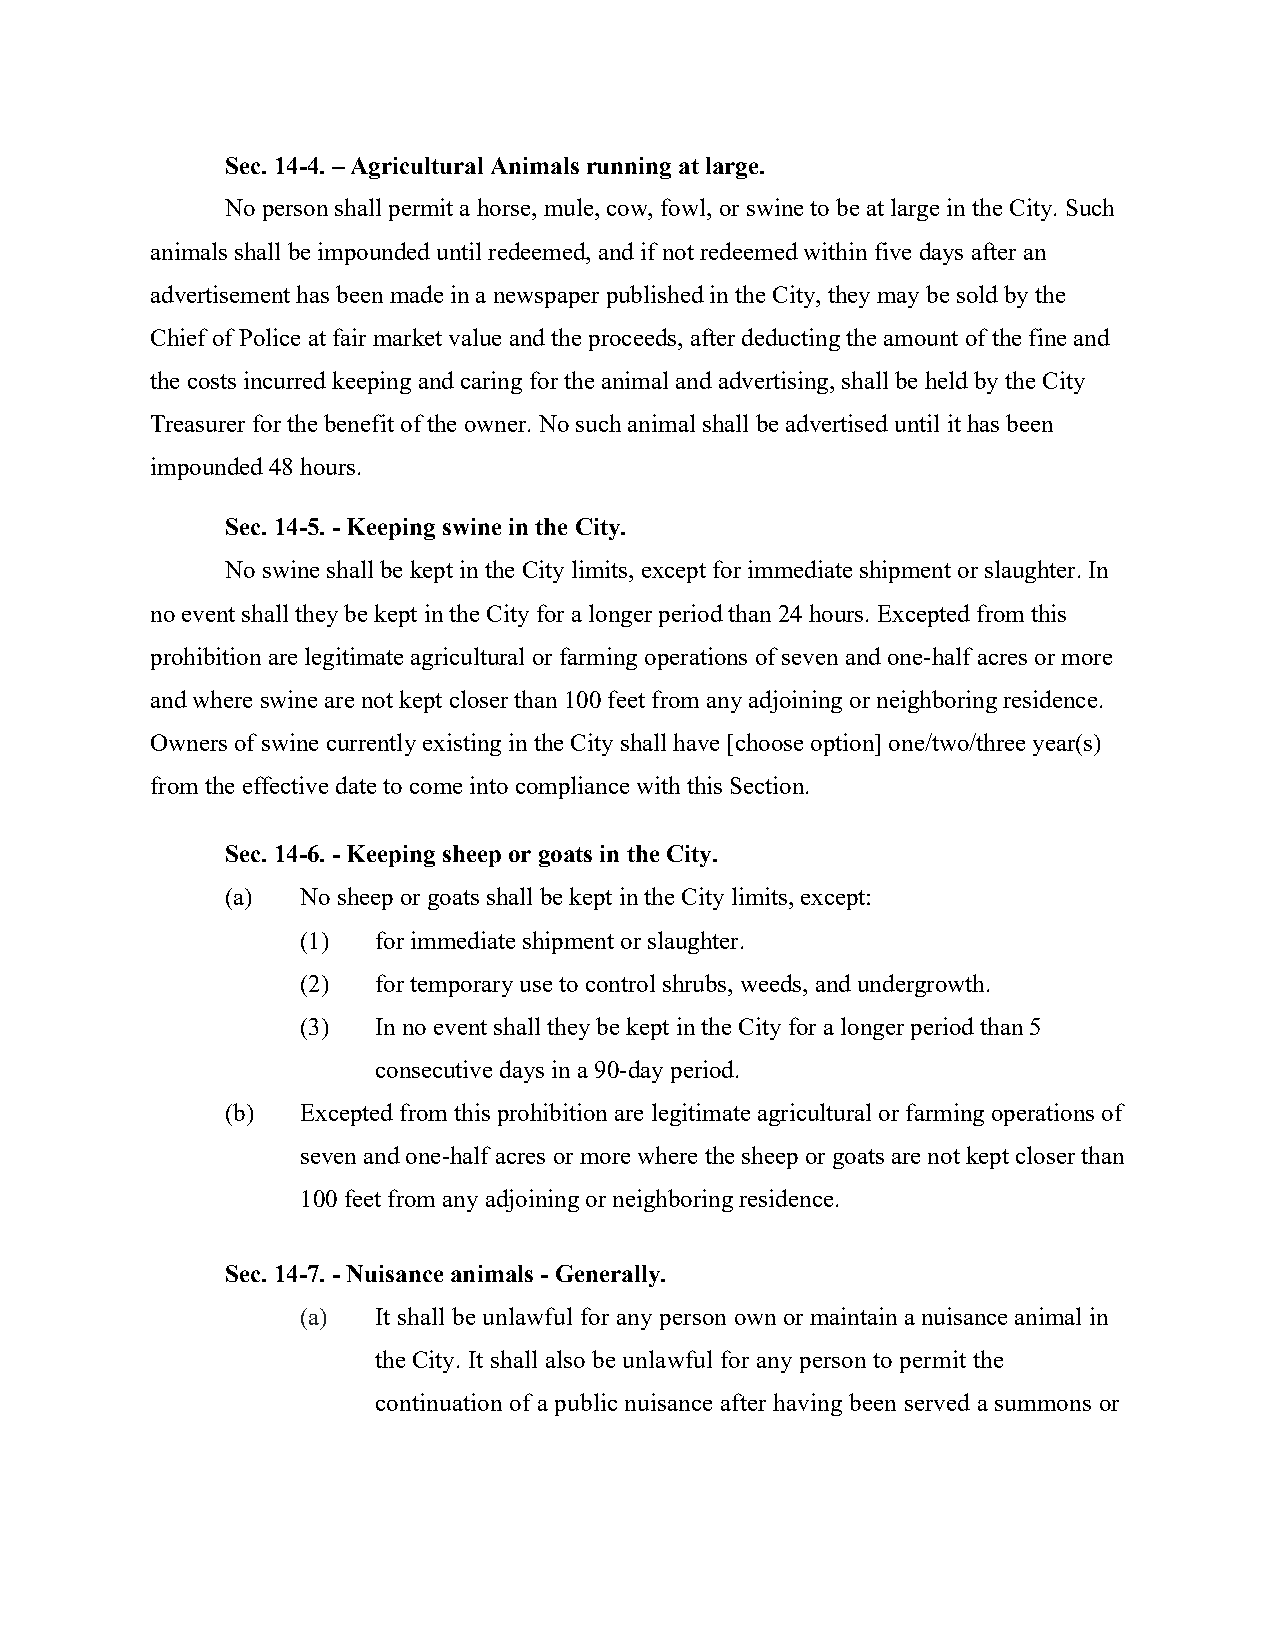
Sec. 14-4. – Agricultural Animals running at large.
 No person shall permit a horse, mule, cow, fowl, or swine to be at large in the City. Such
 animals shall be impounded until redeemed, and if not redeemed within five days after an
 advertisement has been made in a newspaper published in the City, they may be sold by the
 Chief of Police at fair market value and the proceeds, after deducting the amount of the fine and
 the costs incurred keeping and caring for the animal and advertising, shall be held by the City
 Treasurer for the benefit of the owner. No such animal shall be advertised until it has been
 impounded 48 hours.
 Sec. 14-5. - Keeping swine in the City.
 No swine shall be kept in the City limits, except for immediate shipment or slaughter. In
 no event shall they be kept in the City for a longer period than 24 hours. Excepted from this
 prohibition are legitimate agricultural or farming operations of seven and one-half acres or more
 and where swine are not kept closer than 100 feet from any adjoining or neighboring residence.
 Owners of swine currently existing in the City shall have [choose option] one/two/three year(s)
 from the effective date to come into compliance with this Section.
 Sec. 14-6. - Keeping sheep or goats in the City.
 (a)  No sheep or goats shall be kept in the City limits, except:
 (1)  for immediate shipment or slaughter.
 (2)  for temporary use to control shrubs, weeds, and undergrowth.
 (3)  In no event shall they be kept in the City for a longer period than 5
 consecutive days in a 90-day period.
 (b)  Excepted from this prohibition are legitimate agricultural or farming operations of
 seven and one-half acres or more where the sheep or goats are not kept closer than
 100 feet from any adjoining or neighboring residence.
 Sec. 14-7. - Nuisance animals - Generally.
 (a)  It shall be unlawful for any person own or maintain a nuisance animal in
 the City. It shall also be unlawful for any person to permit the
 continuation of a public nuisance after having been served a summons or